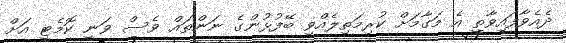
ދެއެވާފައިވާތީ އެ މަގާމަށް ކުރިމަތިލެއްވި ބޭފުޅުންގެ ނަންތައް ވެސް ވަނީ ކޮމެޓީ އަށް